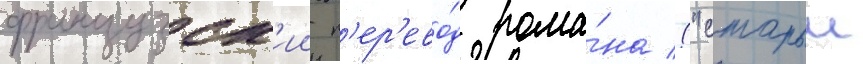
французск'ии п'ер'ево́д рома́на ("старыи